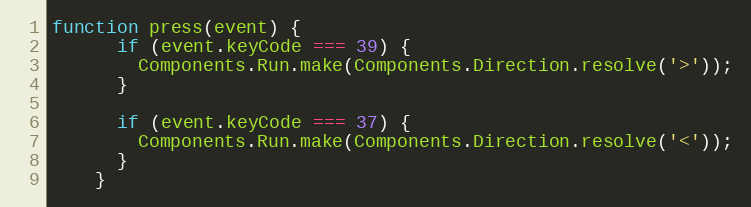
Language: JavaScript
function press(event) {
      if (event.keyCode === 39) {
        Components.Run.make(Components.Direction.resolve('>'));
      }

      if (event.keyCode === 37) {
        Components.Run.make(Components.Direction.resolve('<'));
      }
    }